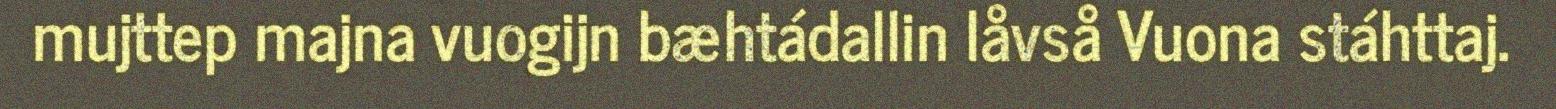
mujttep majna vuogijn bæhtádallin låvså Vuona stáhttaj.